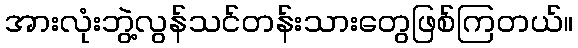
အားလုံးဘွဲ့လွန်သင်တန်းသားတွေဖြစ်ကြတယ်။